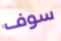
سوف